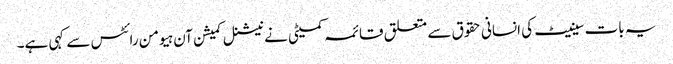
یہ بات سینیٹ کی انسانی حقوق سے متعلق قائمہ کمیٹی نے نیشنل کمیشن آن ہیومن رائٹس سے کہی ہے۔